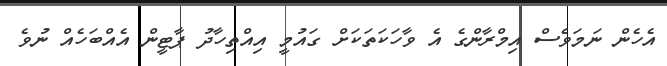
އެހެން ނަމަވެސް އިމްރާންގެ އެ ވާހަކަތަކަށް ގައުމީ އިއްތިހާދު ޕާޓީން އެއްބަހެއް ނުވެ